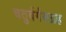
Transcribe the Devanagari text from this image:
चतुर्वर्गसग्रह